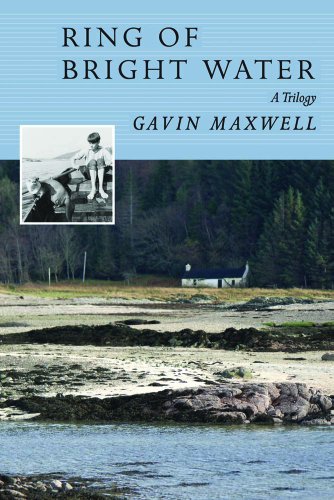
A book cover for Ring of Bright Water (Nonpareil Books); Gavin Maxwell; Humor & Entertainment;